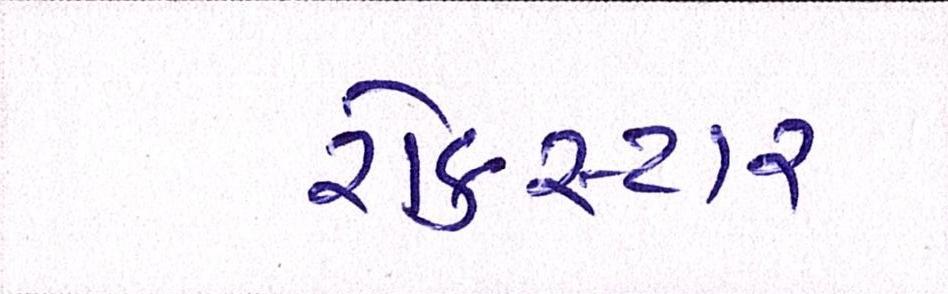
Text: રોકસ્ટાર